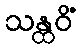
သန္ထဝိံ